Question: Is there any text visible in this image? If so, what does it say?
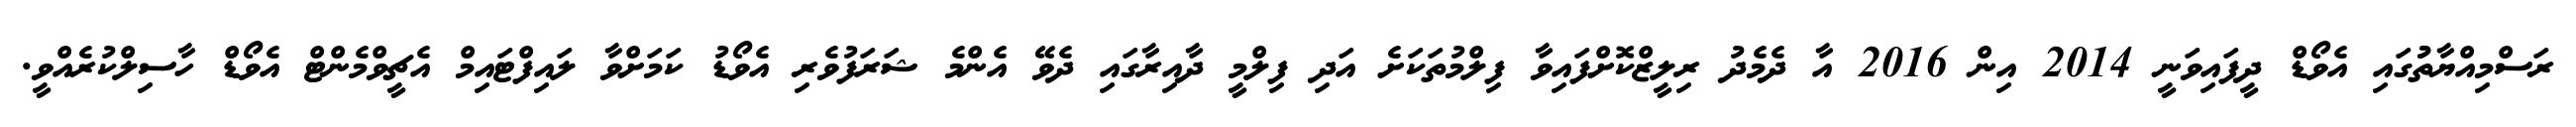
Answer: ރަސްމިއްޔާތުުގައި އެވޯޑް ދީފައިވަނީ 2014 އިން 2016 އާ ދެމެދު ރިލީޒްކޮށްފައިވާ ފިލްމުތަކަށެ އަދި ފިލްމީ ދާއިރާގައި ދެވޭ އެންމެ ޝަރަފުވެރި އެވޯޑު ކަމަށްވާ ލައިފްޓައިމް އެޗީވްމެންޓް އެވޯޑް ހާސިލްކުރެއްވީ.